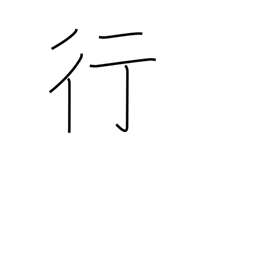
Meaning: bank